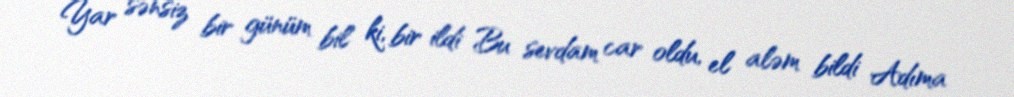
Yar sənsiz bir günüm bil ki, bir ildi Bu sevdam car oldu, el aləm bildi Adıma